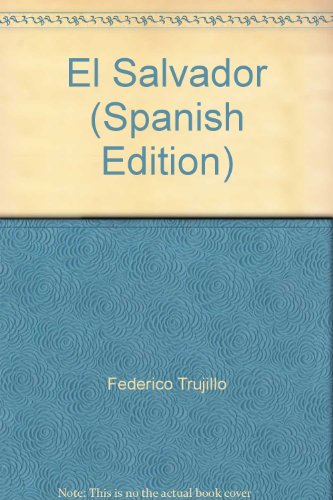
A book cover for El Salvador (Spanish Edition); Travel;